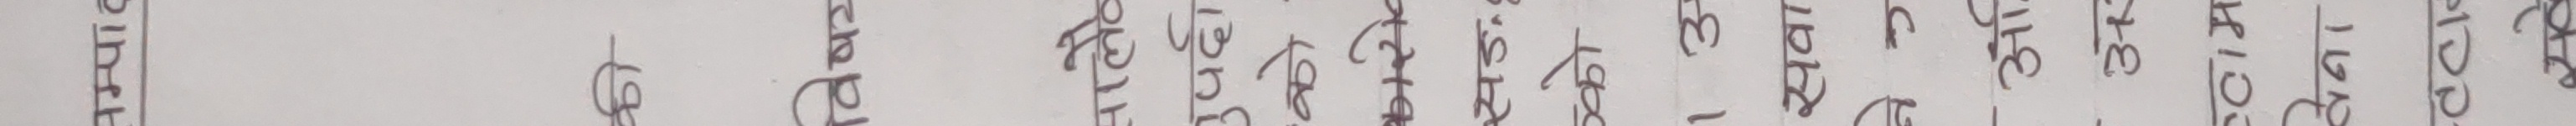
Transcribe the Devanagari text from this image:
चापना भासयति कुदावा सिट्री।